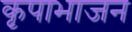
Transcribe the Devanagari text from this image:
कृपाभाजन